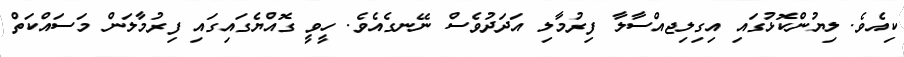
ކިއެވެ. ލިޔުންކޮޅުގައި އިގިލިޖއްސާލާ ފިރުމާލި އަދަދުވެސް ނޭނގެއެވެ. ހީވީ ގޮއްޔެގައިގައި ފިރުމާލަން މަސައްކަތް